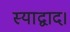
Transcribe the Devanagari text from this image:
स्याद्वाद।